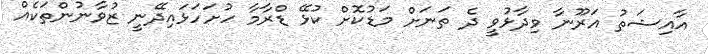
އާއިޝަތު އަރޫނާ ވިދާޅުވީ ދެ ތަނަށް މަޑުކޮށް ކުޅޭ ޑްރާމާ ހުށަހަޅައިދޭނީ ޒުވާނުންތަކެއް